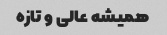
همیشه عالی و‌ تازه